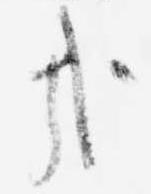
哉